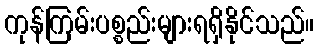
ကုန်ကြမ်းပစ္စည်းများရရှိနိုင်သည်။